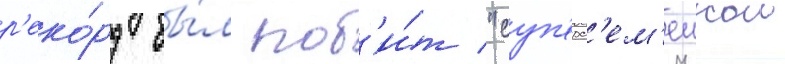
р'еко́рд бы́л поб'и́т "суп'ерс'ем'еикои